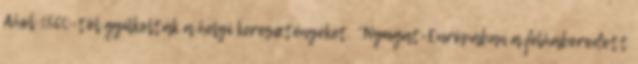
Ahol 1860-tól gyilkolták a helyi keresztényeket. “Nyugat-Európában a felháborodott